Civil Veterinary Dept. Bombay admin report 1893-99 - 1893-1899
Year: 1893
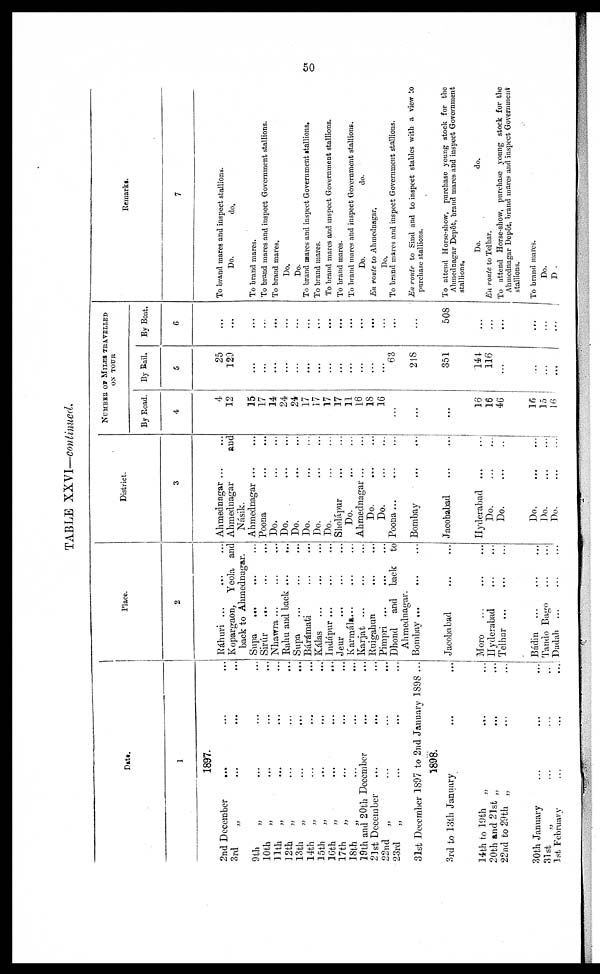
50
TABLE XXVI—continued.
Date.
1
1897.
2nd December … … …
3rd „ … … …
9th „ … … …
10th
„ … … …
11th „ … … …
12th „ … … …
13th
„ … … …
14th „ … … …
15th „ … … …
16th „ … … …
17th
„ … … …
18th
„ … … …
19th and 20th December … …
21st December … … …
22nd
„ … … …
23rd
„ … … …
31st December 1897 to 2nd January 1898 ...
1898.
3rd to 13th January … …
14th to 19th
„ … …
20th and 21st „ … …
22nd to 29th „ … … …
30th January … … …
31st
„ … … …
1st February … … …
Place.
2
Ráhuri ... … …
Kopargaon,
Yeola and
back to Ahmednagar.
Supa … … …
Sirúr … … …
Nhawra … … …
Rahu and back … …
Supa … … …
Bárámati … …
Kálas … … …
Indápur ... … …
Jeur … … …
Karmála … … …
Karjat … … …
Ruigalran … …
Pimpri … … …
Dhond
and
back
to
Ahmednagar.
Bombay ... … …
Jacobabad … …
Moro … … …
Hyderabad
Telhar … … …
Bádin … … …
Tando Bago … …
Dadah … … …
District.
3
Ahmednagar ... …
Ahmednagar
and
Násik.
Ahmednagar ... …
Poona … …
Do. … …
Do. … …
Do. … …
Do. … …
Do. … …
Do. … …
Sholápur … …
Do. … …
Ahmednagar ...
Do. … …
Do. … …
Poona … … …
Bombay … …
Jacobabad … …
Hyderabad
... …
Do
…
…
.
Do
…
…
.
Do
…
…
.
Do. … …
Do … … .
NUMBER OF MILES TRAVELLED
ON TOUR
By Road.
4
4
12
15
17
14
24
24
17
17
17
17
11
16
18
16
…
...
...
16
16
46
16
18
16
By Rail.
5
25
129
…
…
…
…
…
…
…
…
…
…
…
…
…
63
218
351
144
116
…
…
…
...
By Boat.
6
…
...
...
…
...
...
…
…
...
...
...
...
...
...
…
...
…
508
...
…
...
...
...
...
Remarks.
7
To brand mares and inspect stallions.
Do.
do.
To brand mares.
To brand mares and inspect Government stallions.
To brand mares.
Do.
Do.
To brand marcs and inspect Government stallions.
To brand mares.
To brand mares and inspect Government stallions.
To brand mares.
To brand mares and inspect Government stallions.
Do.
do.
En route to Ahmednagar.
Do.
To brand mares and inspect Government stallions.
En route to Sind and to inspect stables with a view to
purchase stallions.
To attend Horse-show, purchase young stock for the
Ahmednagar Dep&t, brand mares and inspect Government
stallions.
Do.
do.
En route to Telhar.
To attend Horse-show, purchase young stock for the
Ahmednagar Dep6t, brand mares and inspect Government
stallions.
To brand marcs.
Do.
D .